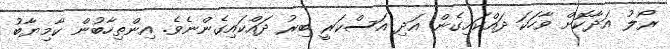
ރޯލު އަދާކޮށް ވާހަކަ ދައްކައިގެން އަދި އަސްކަރީ ބިރު ދައްކައިގެންނެވެ. އިންތިހާބުން ކާމިޔާބު